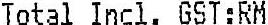
TOTAL INCL. GST:RM